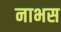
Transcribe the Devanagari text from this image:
नाभस